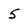
Character: 5